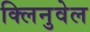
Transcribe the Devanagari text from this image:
क्लिनुवेल